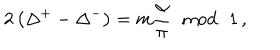
LaTeX: 2 \left( \Delta ^ { + } - \Delta ^ { - } \right) = m \displaystyle \frac { \alpha } { \pi } \, \, \bmod \, \, 1 \, ,